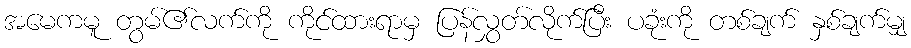
အမေကမူ တွမ်၏လက်ကို ကိုင်ထားရာမှ ပြန်လွှတ်လိုက်ပြီး ပခုံးကို တစ်ချက် နှစ်ချက်မျှ